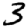
Digit: 3